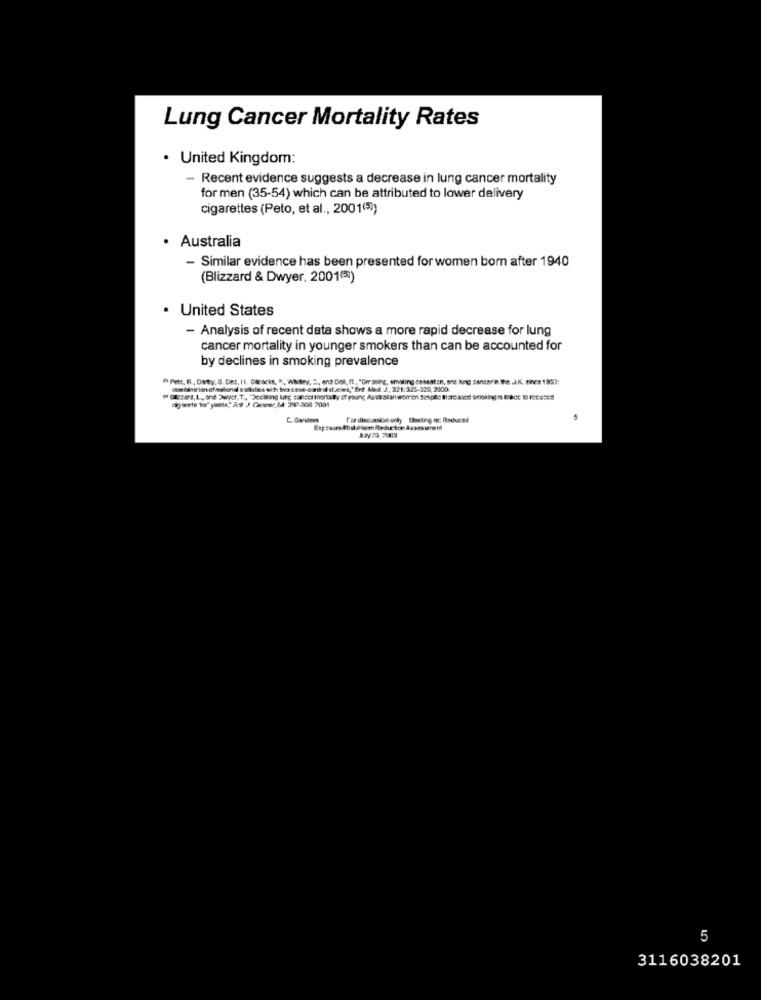
Lung Cancer Mortality Rates
· United Kingdom:
- Recent evidence suggests a decrease in lung cancer mortality
for men (35-54) which can be attributed to lower delivery
cigarettes (Peto, et al ., 2001(5)
· Australia
- Similar evidence has been presented for women born after 1940
(Blizzard & Dwyer, 2001(5)
United States
- Analysis of recent data shows a more rapid decrease for lung
cancer mortality in younger smokers than can be accounted for
by declines in smoking prevalence
@wthtricofalend sattes alh ino case -eantal stacies,"Ert Med. J, 321:323-329, 2000.
gurte Www' yinits" A9 J Casewe, 64: 300-308 7001
E. Gvidens
fardiscussion only Uneting m: Reduced
5
3116038201